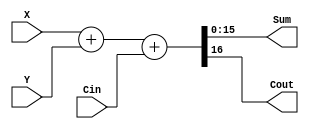
// A multi-bit adder
module Addern (Cin, X, Y, Sum, Cout);
	parameter n = 16;
	input Cin;
	input [n-1:0] X, Y;
	output [n-1:0] Sum;
	output Cout;

	assign {Cout, Sum} = X + Y + Cin;

endmodule